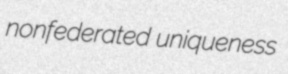
nonfederated uniqueness